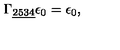
\Gamma _ { \underline { { 2 5 3 4 } } } \epsilon _ { 0 } = \epsilon _ { 0 } , \qquad